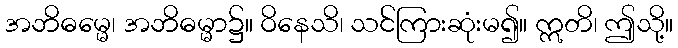
အဘိဓမ္မေ၊ အဘိဓမ္မာ၌။ ဝိနေသိ၊ သင်ကြားဆုံးမ၍။ ဣတိ၊ ဤသို့။